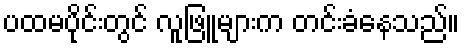
ပထမပိုင်းတွင် လူဖြူများက တင်းခံနေသည်။